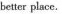
better place.